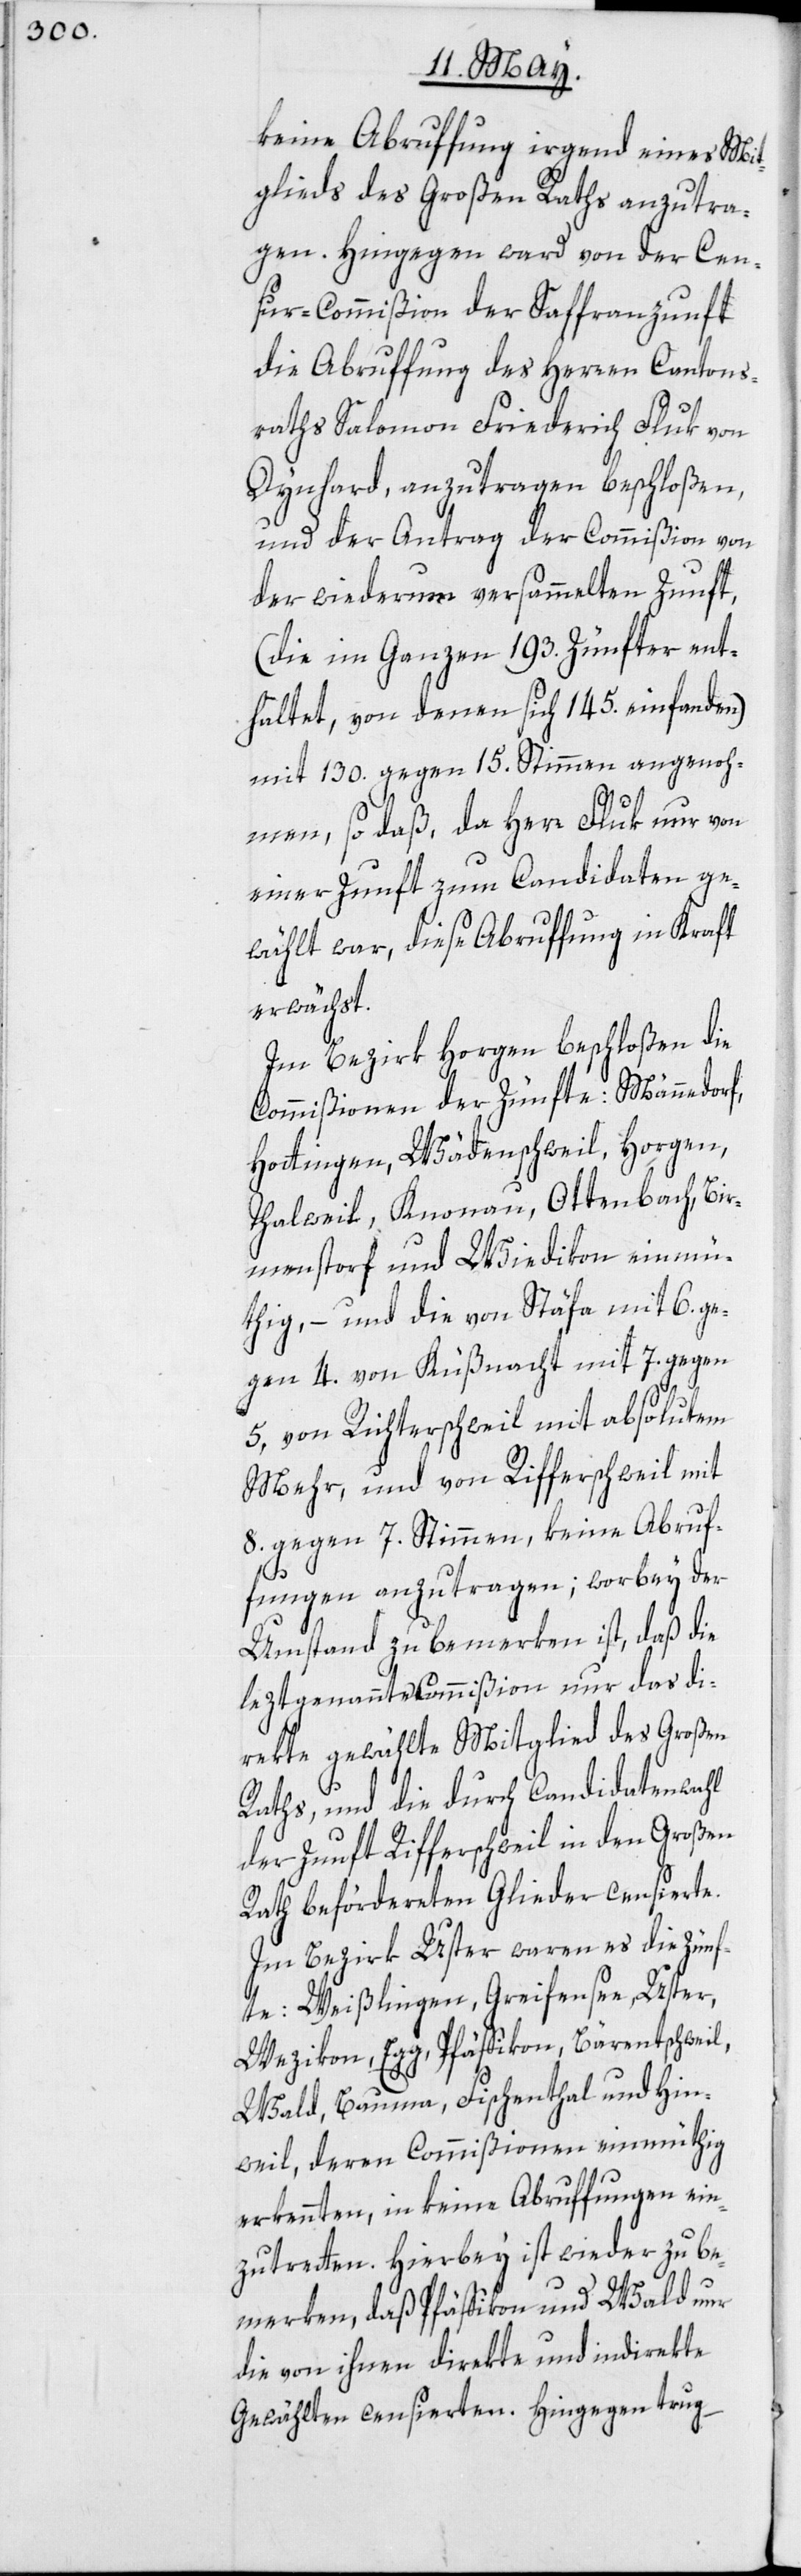
keine Abruffung irgend eines Mit¬
glieds des Großen Raths anzutra¬
gen. Hingegen ward von der Cen¬
sur-Commißion der Saffranzunft
die Abruffung des Herren Cantons¬
raths Salomon Friederich Fluk von
Dynhard, anzutragen beschloßen,
und der Antrag der Commißion von
der wiederum versammelten Zunft,
(die im Ganzen 193. Zünfter ent¬
haltet, von denen sich 145. einfanden)
mit 130. gegen 15. Stimmen angenoh¬
men, so daß, da Herr Fluk nur von
einer Zunft zum Candidaten ge¬
wählt war, diese Abruffung in Kraft
erwächst.
Im Bezirk Horgen beschloßen die
Commißionen der Zünfte: Männedorf,
Hottingen, Wädenschweil, Horgen,
Thalweil, Knonau, Ottenbach, Bir¬
menstorf und Wiedikon einmü¬
thig, – und die von Stäfa mit 6. ge¬
gen 4.[,] von Küßnacht mit 7. gegen
5, von Richterschweil mit absolutem
Mehr, und von Rifferschweil mit
8. gegen 7. Stimmen, keine Abruf¬
fungen anzutragen; worbey der
Umstand zu bemerken ist, daß die
leztgenannte Commißion nur das di¬
rekte gewählte Mitglied des Großen
Raths, und die durch Candidatenwahl
der Zunft Rifferschweil in den Großen
Rath befördereten Glieder censierte.
Im Bezirk Uster waren es die Zünf¬
te: Weißlingen, Greifensee, Uster,
Wezikon, Egg, Pfäffikon, Bärentschweil,
Wald, Bauma, Fischenthal und Hin¬
weil, deren Commißionen einmüthig
erkennten, in keine Abruffungen ein¬
zutretten. Hierbey ist wieder zu be¬
merken, daß Pfäffikon und Wald nur
die von ihnen direkte und indirekte
Gewählten censierten. Hingegen trug